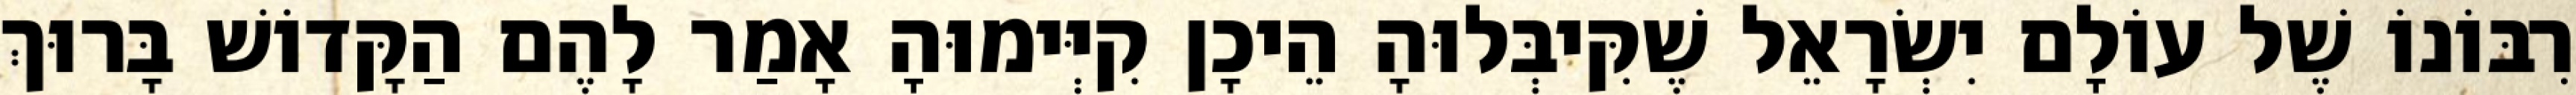
רִבּוֹנוֹ שֶׁל עוֹלָם יִשְׂרָאֵל שֶׁקִּיבְּלוּהָ הֵיכָן קִיְּימוּהָ אָמַר לָהֶם הַקָּדוֹשׁ בָּרוּךְ